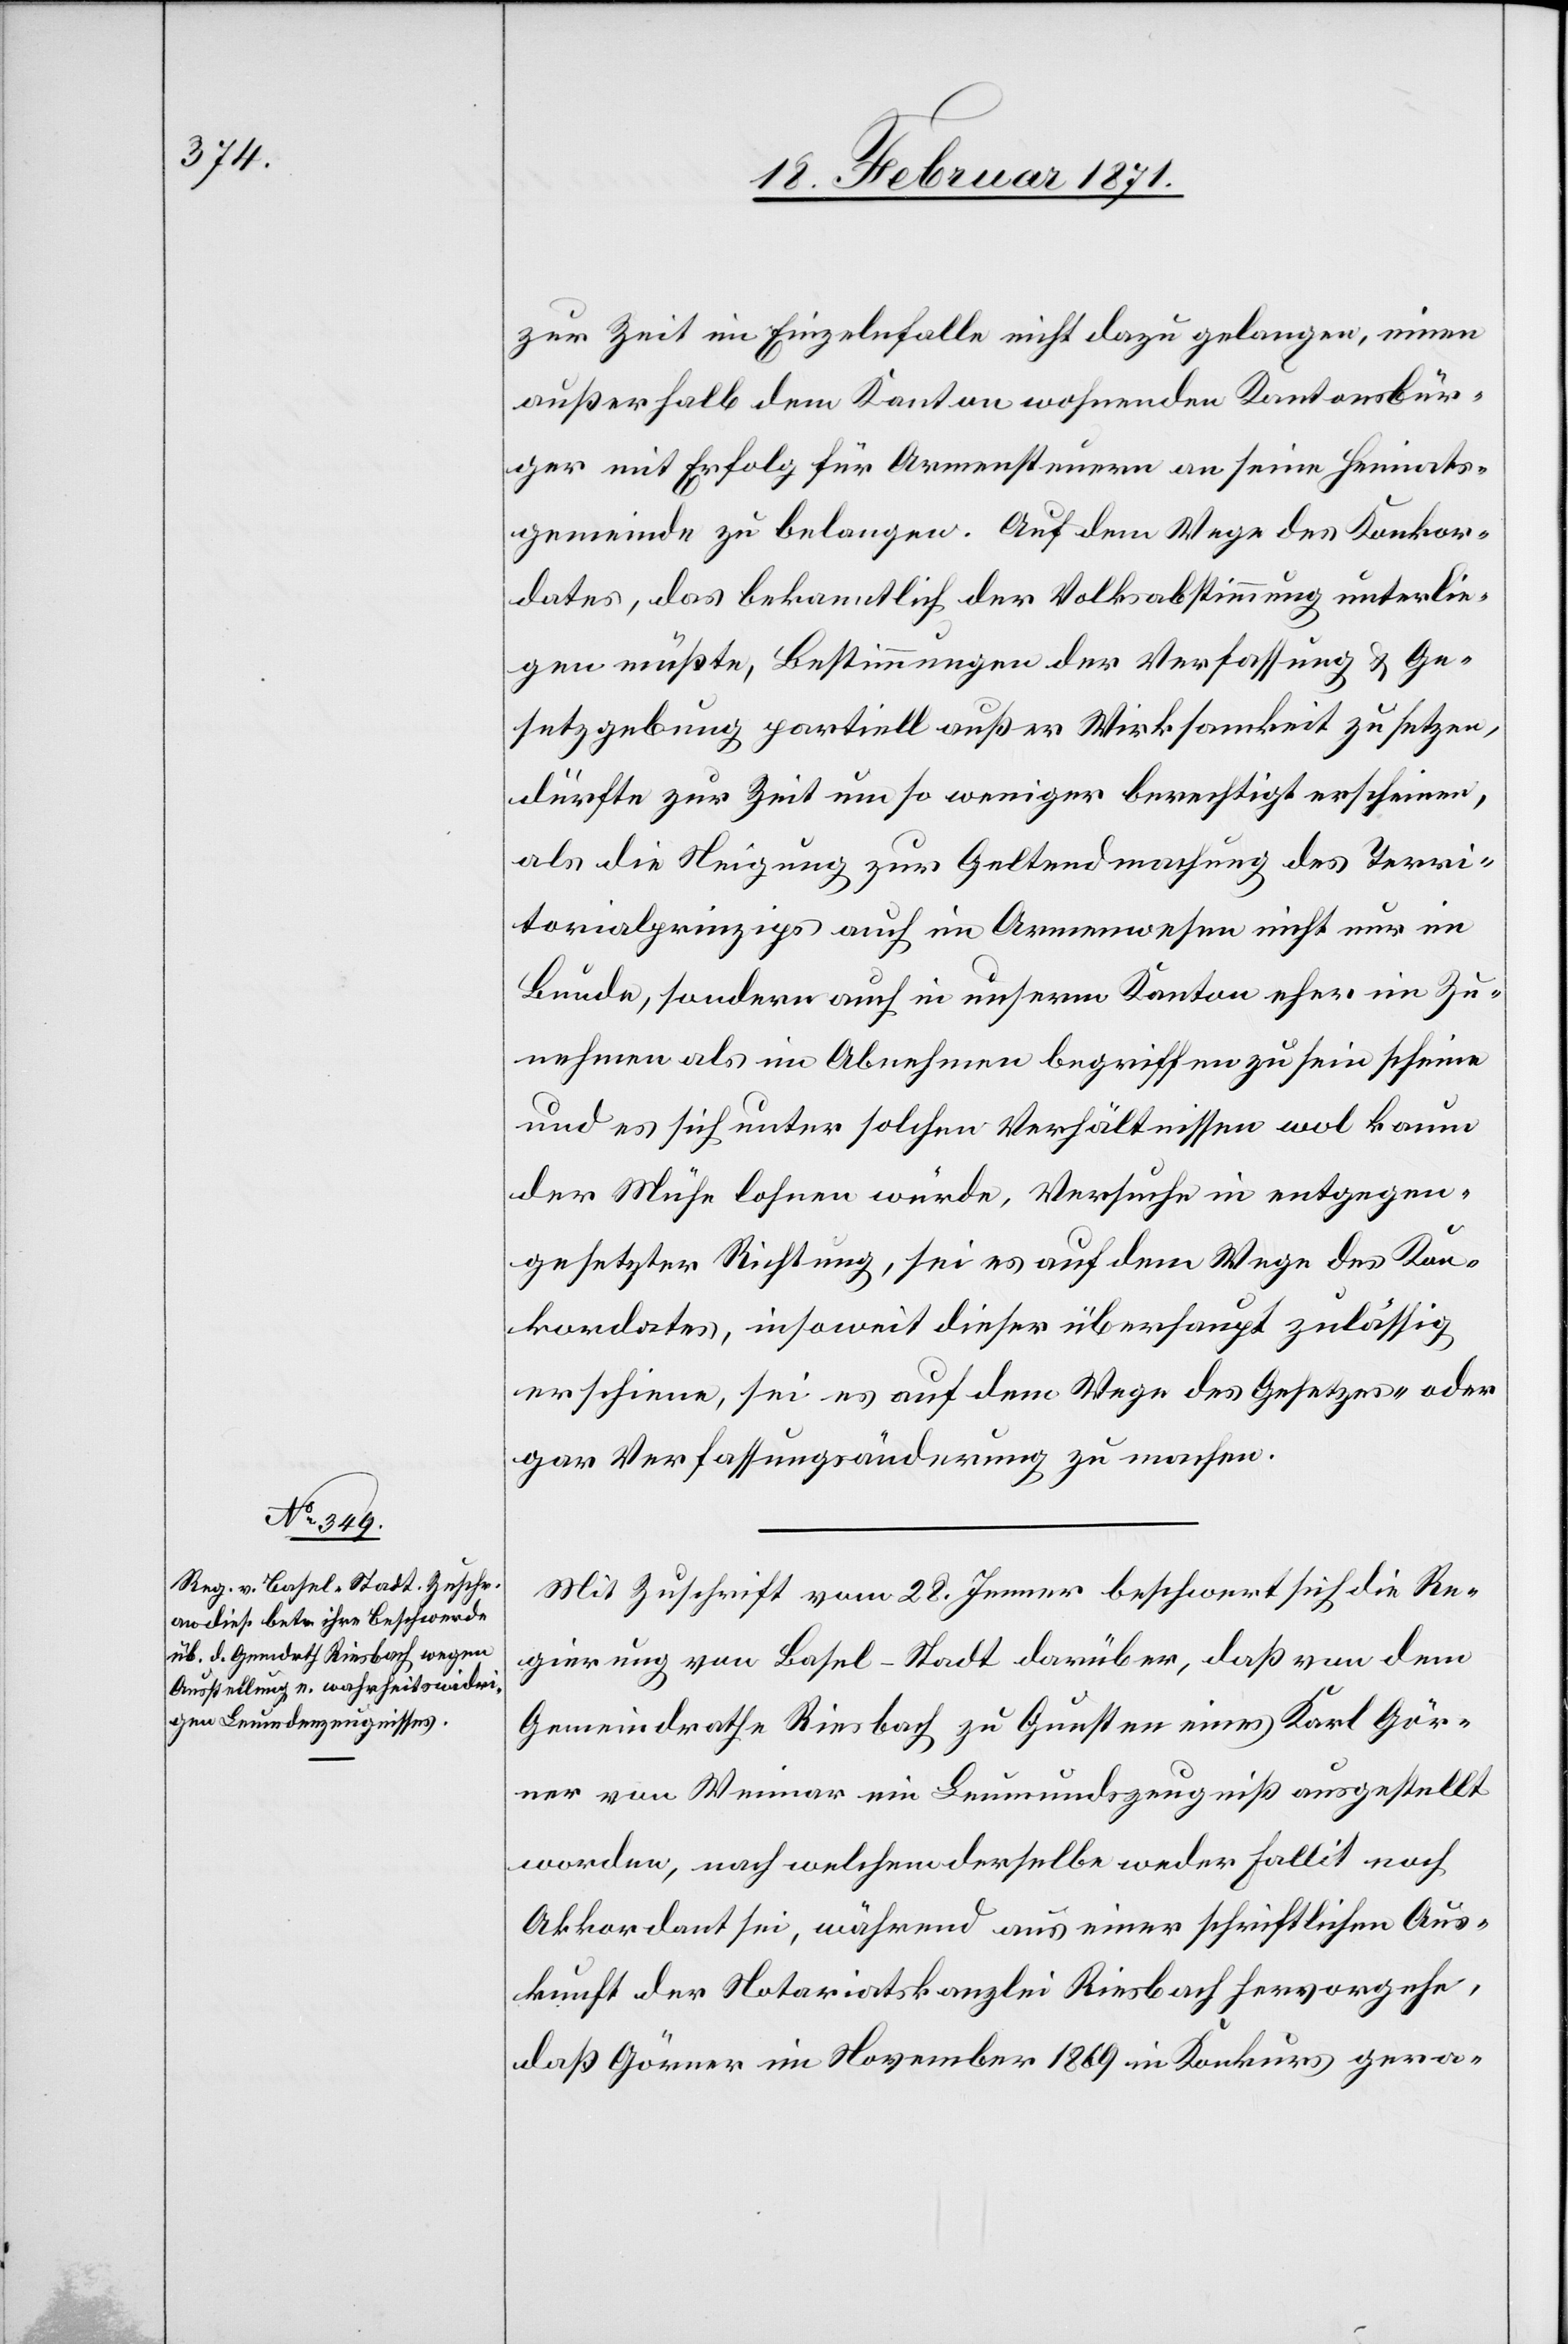
zur Zeit im Einzelnfalle nicht dazu gelangen, einen
außerhalb dem Kanton wohnenden Kantonsbür¬
ger mit Erfolg für Armensteuern an seine Heimats¬
gemeinde zu belangen. Auf dem Wege des Konkor¬
dates, das bekanntlich der Volksabstimmung unterlie¬
gen müßte, Bestimmungen der Verfassung u. Ge¬
setzgebung partiell außer Wirksamkeit zu setzen,
dürfte zur Zeit um so weniger berechtigt erscheinen,
als die Neigung zur Geltendmachung des Terri¬
torialprinzips auch im Armenwesen nicht nur im
Bunde, sondern auch in unserm Kanton eher im Zu¬
nehmen als im Abnehmen begriffen zu sein scheine
und es sich unter solchen Verhältnissen wol kaum
der Mühe lohnen würde, Versuche in entgegen¬
gesetzter Richtung, sei es auf dem Wege des Kon¬
kordates, insoweit dieser überhaupt zulässig
erschiene, sei es auf dem Wege des Gesetzes- oder
gar Verfassungsänderung zu machen.
Mit Zuschrift vom 28. Jenner beschwert sich die Re¬
gierung von Basel-Stadt darüber, daß von dem
Gemeindrathe Riesbach zu Gunsten eines Karl Gör¬
ner von Weimar ein Leumundszeugniß ausgestellt
worden, nach welchen derselbe weder Fallit noch
Akkordant sei, während aus einer schriftlichen Aus¬
kunft der Notariatskanzlei Riesbach hervorgehe,
daß Görner im November 1869 in Konkurs gera-